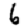
Digit: 6